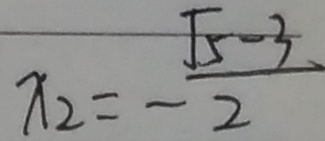
x _ { 2 } = - \frac { \sqrt { 5 } - 3 } { 2 }